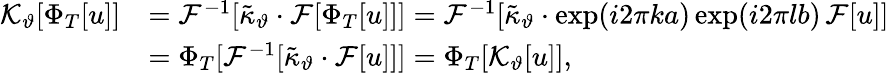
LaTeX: \begin{array}{rl}{\mathcal{K}_{\vartheta}[\Phi_{T}[u]]}&{=\mathcal{F}^{-1}[\tilde{\kappa}_{\vartheta}\cdot\mathcal{F}[\Phi_{T}[u]]]=\mathcal{F}^{-1}[\tilde{\kappa}_{\vartheta}\cdot\exp(i2\pi ka)\exp(i2\pi lb)\, \mathcal{F}[u]]}\\ &{=\Phi_{T}[\mathcal{F}^{-1}[\tilde{\kappa}_{\vartheta}\cdot\mathcal{F}[u]]]=\Phi_{T}[\mathcal{K}_{\vartheta}[u]],}\end{array}